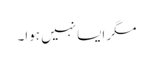
مگر ایسا نہیں ہوا۔